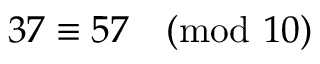
3 7 \equiv 5 7 { \pmod { 1 0 } }